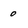
Character: 0